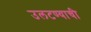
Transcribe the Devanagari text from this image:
उलटण्याची